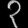
Digit: ၃